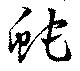
蛇